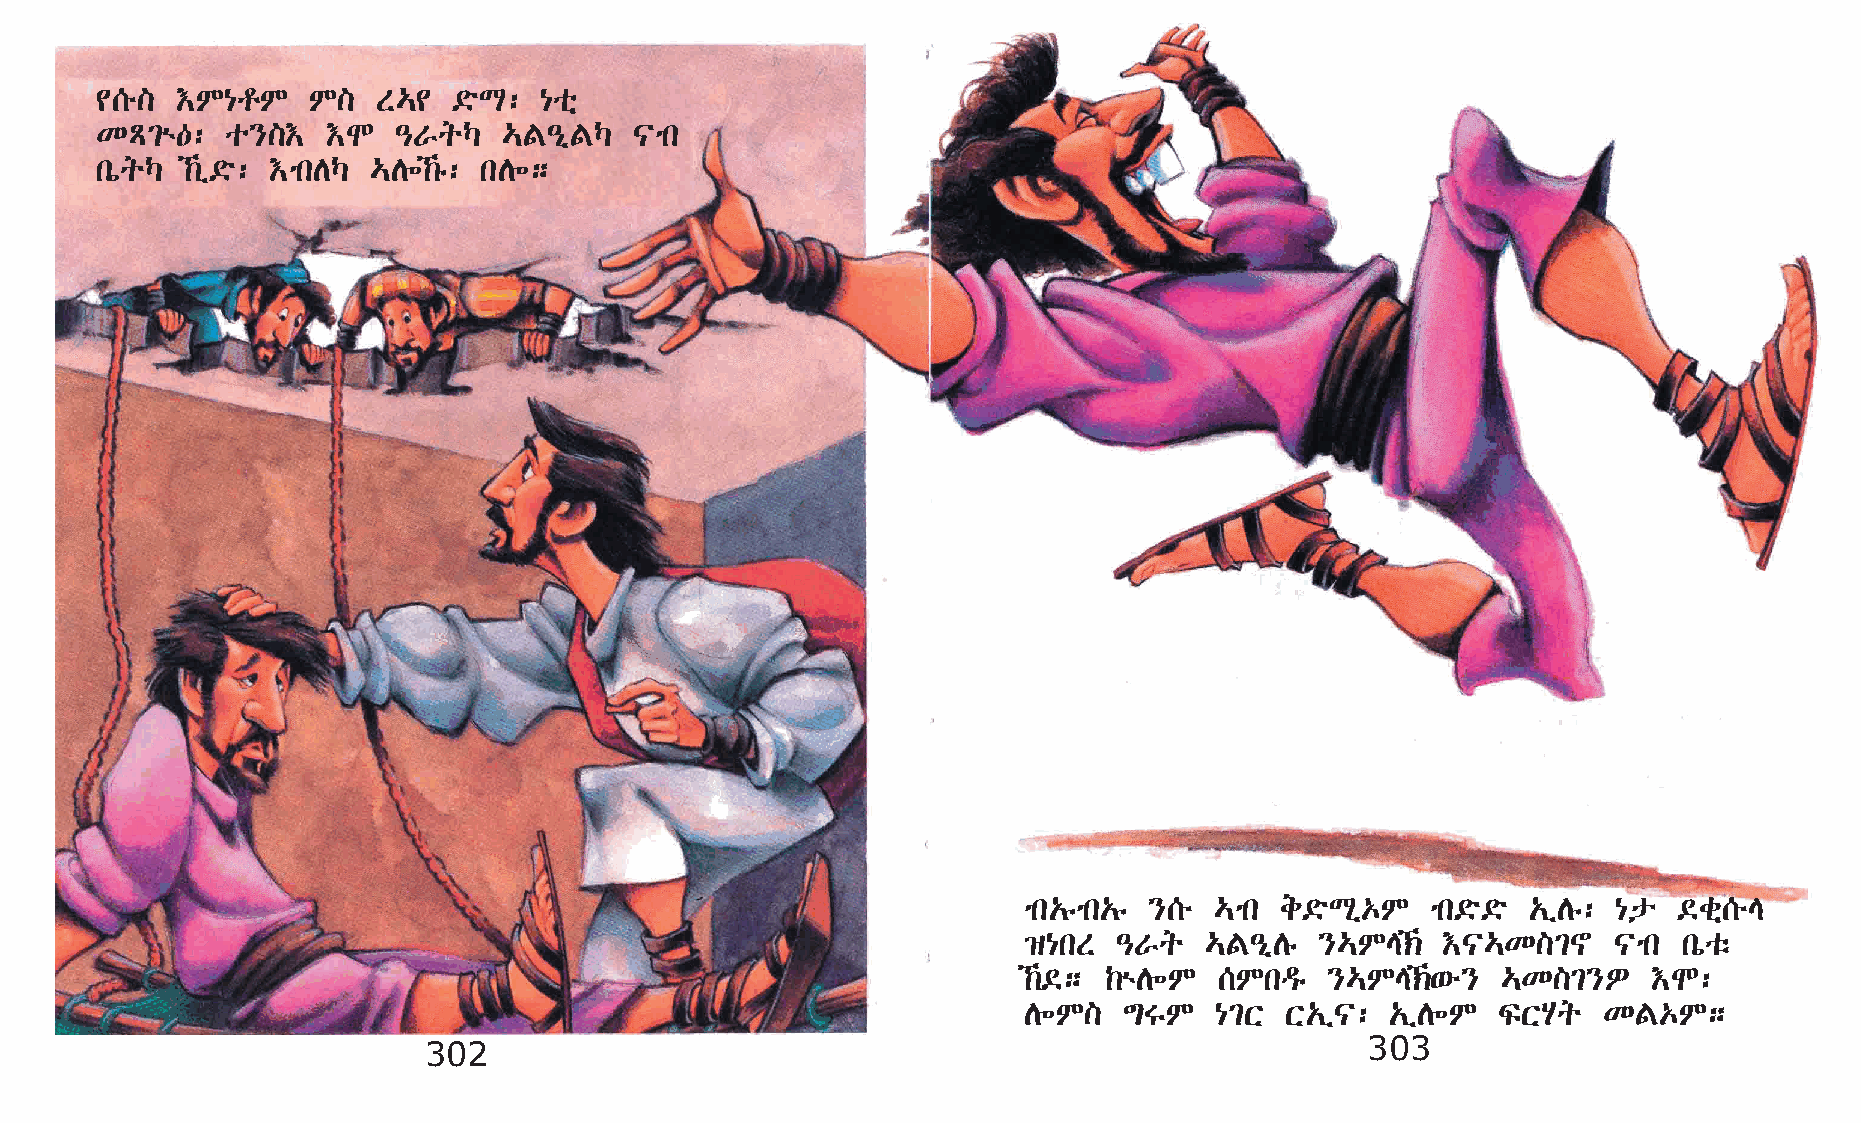
¢[é]  †M{rM   M]   S…¢  ©öL:  {oñ
 KÄ²ù—:   o}]†   †N  –VqŠ   …F–ðFŠ   |mk
 kòqŠ  ‰ï©ö: †mkDŠ …D÷‰ê: kD÷;
 mk„êmk„ê }[é …mk e©öLð‡M   mk©ö©ö „ïDê: {p ©cñ[éE
 ›{kS  –Vq   …F–ðDê }…ME‹  †|…K]²~     |mk kòoë
 ‰©; ‰ùD÷M   [Mkªê  }…ME‹‘é}  …K]²}È    †N:
 D÷M]  ´TM   {²X  X„ï|:  „ïD÷M  ÏXAq   KF‡M;
 302                                                           303